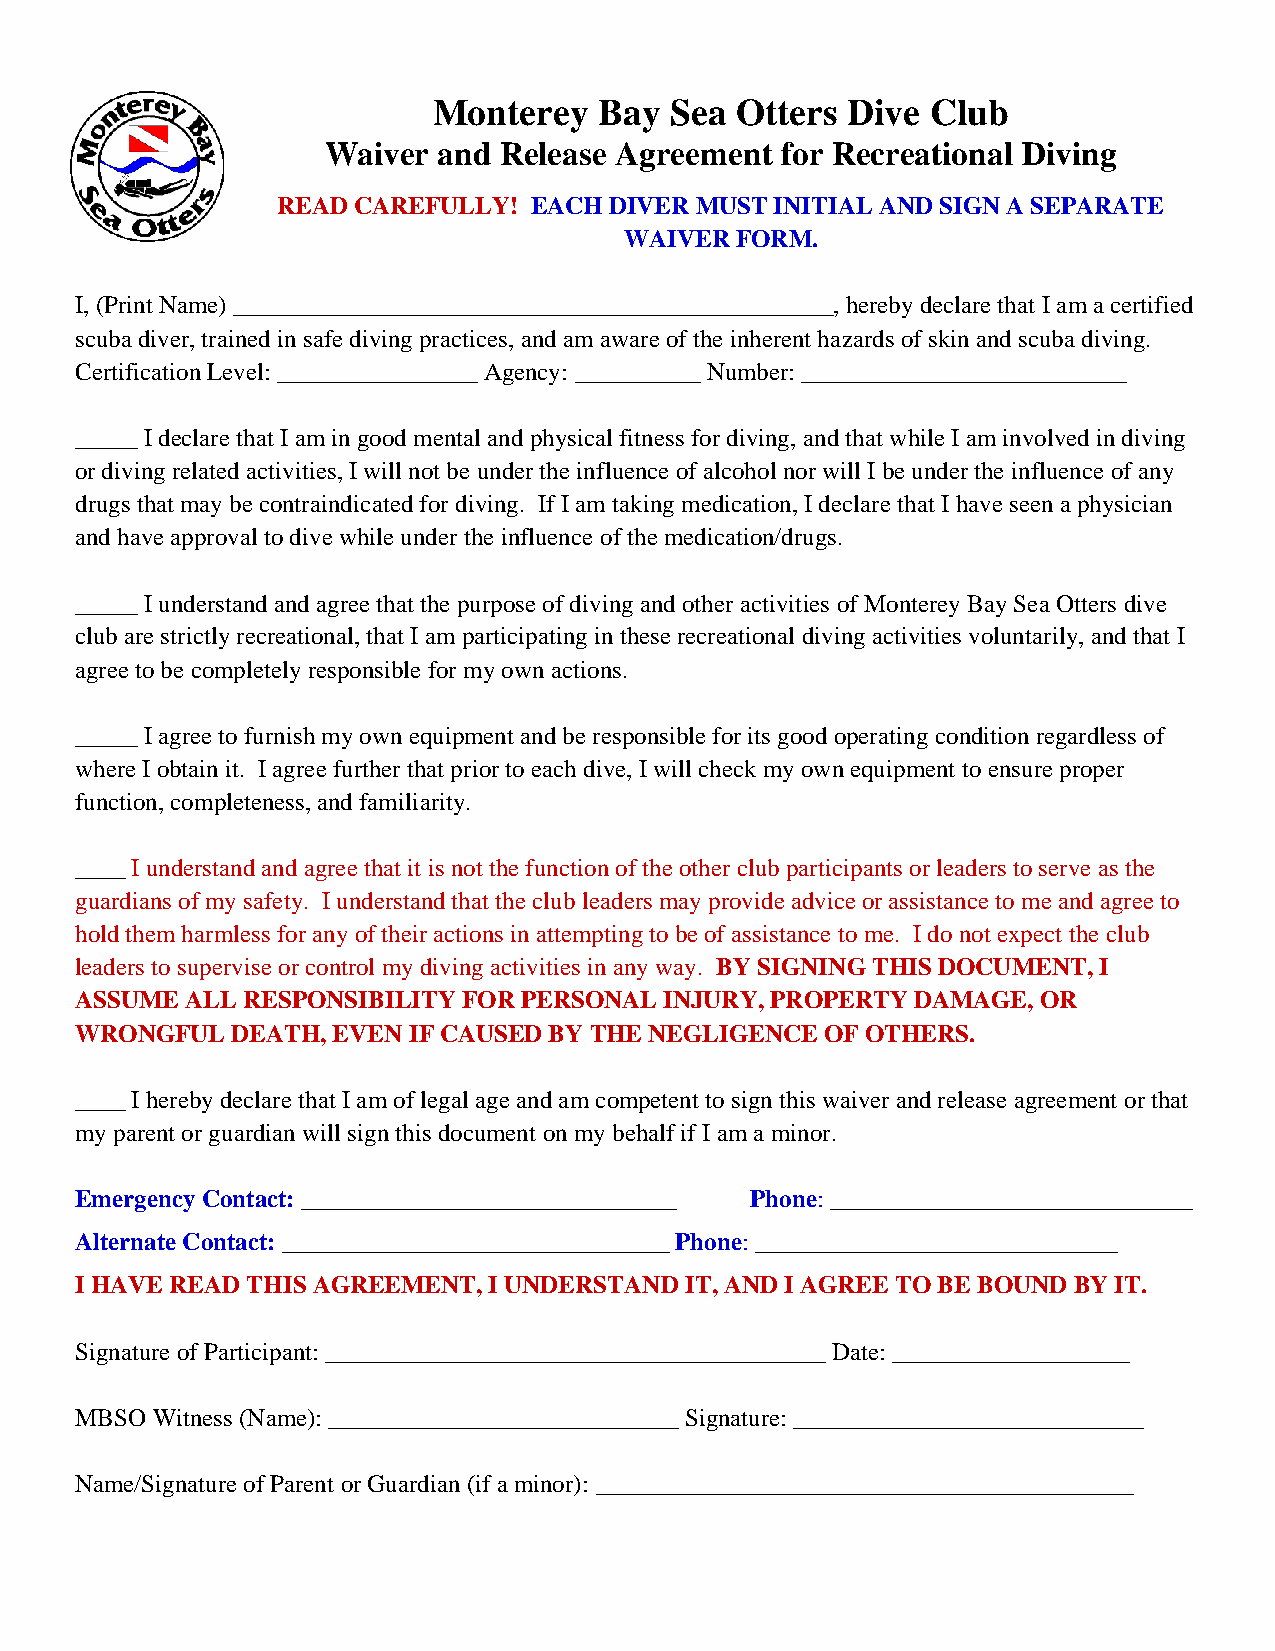
Monterey   Bay Sea  Otters Dive  Club
 Waiver  and Release Agreement  for Recreational Diving
 READ CAREFULLY!  EACH DIVER MUST INITIAL AND SIGN A SEPARATE
 WAIVER  FORM.
 I, (Print Name) ________________________________________________, hereby declare that I am a certified
 scuba diver, trained in safe diving practices, and am aware of the inherent hazards of skin and scuba diving.
 Certification Level: ________________ Agency: __________ Number: __________________________
 _____ I declare that I am in good mental and physical fitness for diving, and that while I am involved in diving
 or diving related activities, I will not be under the influence of alcohol nor will I be under the influence of any
 drugs that may be contraindicated for diving. If I am taking medication, I declare that I have seen a physician
 and have approval to dive while under the influence of the medication/drugs.
 _____ I understand and agree that the purpose of diving and other activities of Monterey Bay Sea Otters dive
 club are strictly recreational, that I am participating in these recreational diving activities voluntarily, and that I
 agree to be completely responsible for my own actions.
 _____ I agree to furnish my own equipment and be responsible for its good operating condition regardless of
 where I obtain it. I agree further that prior to each dive, I will check my own equipment to ensure proper
 function, completeness, and familiarity.
 ____ I understand and agree that it is not the function of the other club participants or leaders to serve as the
 guardians of my safety. I understand that the club leaders may provide advice or assistance to me and agree to
 hold them harmless for any of their actions in attempting to be of assistance to me. I do not expect the club
 leaders to supervise or control my diving activities in any way. BY SIGNING THIS DOCUMENT, I
 ASSUME ALL RESPONSIBILITY FOR PERSONAL INJURY, PROPERTY DAMAGE, OR
 WRONGFUL  DEATH, EVEN IF CAUSED BY THE NEGLIGENCE OF OTHERS.
 ____ I hereby declare that I am of legal age and am competent to sign this waiver and release agreement or that
 my parent or guardian will sign this document on my behalf if I am a minor.
 Emergency Contact: ______________________________ Phone: _____________________________
 Alternate Contact: _______________________________ Phone: _____________________________
 I HAVE READ THIS AGREEMENT, I UNDERSTAND IT, AND I AGREE TO BE BOUND BY IT.
 Signature of Participant: ________________________________________ Date: ___________________
 MBSO Witness (Name): ____________________________ Signature: ____________________________
 Name/Signature of Parent or Guardian (if a minor): ___________________________________________